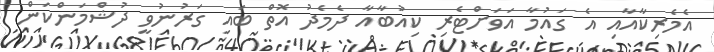
އެމެރިކާއާއި އެ ގައުމާ އަވަށްޓެރި ކިއުބާއާ ދެމެދު އޮތް ބައި ގަރުނުވީ ދުޝްމަންކަން